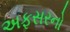
અફસરનો